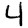
Digit: 4